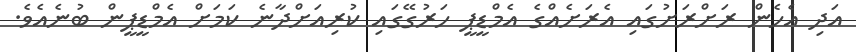
އަދި އެހެން ރަށްރަށުގައި އެރަށެއްގެ އެމްޑީޕީ ހަރުގޭގައި ކުރިއަށްދާނެ ކަމަށް އެމްޑީޕީން ބުނެއެވެ.